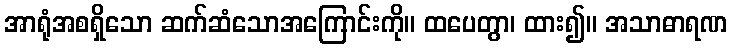
အာရုံအစရှိသော ဆက်ဆံသောအကြောင်းကို။ ထပေတွာ၊ ထား၍။ အသာဓာရဏ